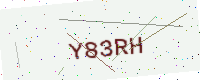
Text: Y83RH